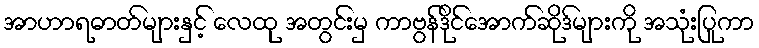
အာဟာရဓာတ်များနှင့် လေထု အတွင်းမှ ကာဗွန်ဒိုင်အောက်ဆိုဒ်များကို အသုံးပြုကာ